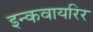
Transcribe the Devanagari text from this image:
इन्कवायरिर